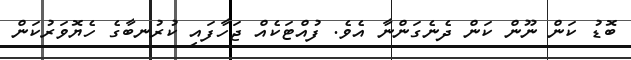
ބޮޑު ކަން ނޫން ކަން ދެނެގަންނާ އެވެ. ފުއްޓަކެއް ޖަހާފައި ކުރުނބާގެ ހެޔޮވަރުކަން